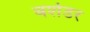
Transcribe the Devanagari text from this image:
बर्शेडर